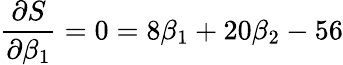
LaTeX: {\frac{\partial S}{\partial\beta_{1}}}=0=8\beta_{1}+20\beta_{2}-56